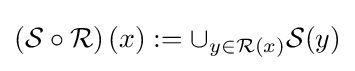
\left({\mathcal {S}}\circ {\mathcal {R}}\right)(x):=\cup _{y\in {\mathcal {R}}(x)}{\mathcal {S}}(y)